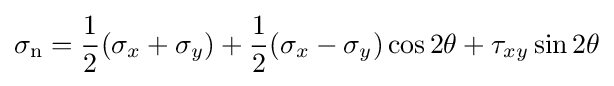
\sigma _{\mathrm {n} }={\frac {1}{2}}(\sigma _{x}+\sigma _{y})+{\frac {1}{2}}(\sigma _{x}-\sigma _{y})\cos 2\theta +\tau _{xy}\sin 2\theta \,\!